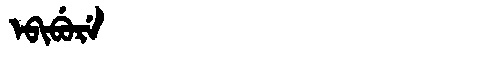
Manchu: ᡝᠪᡳᠪᡠᡵᡝ
Romanization: EBIBURE